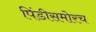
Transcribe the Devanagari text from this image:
पिंडीसमोरच